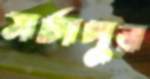
সর্চাপুর